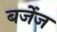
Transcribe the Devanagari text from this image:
बर्जेज